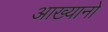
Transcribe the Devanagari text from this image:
आख्यानो